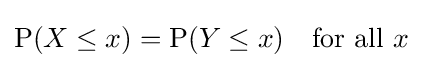
\operatorname {P} (X\leq x)=\operatorname {P} (Y\leq x)\quad {\text{for all }}x